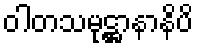
ဝါတသမုဋ္ဌာနာနိပိ